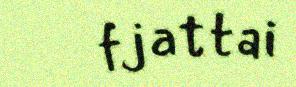
fjattai